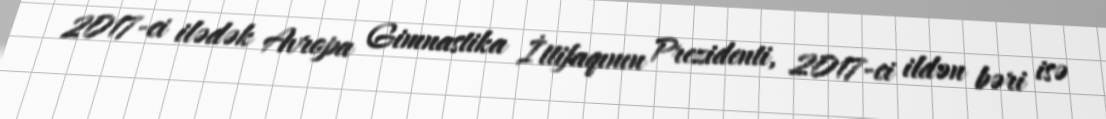
2017-ci ilədək Avropa Gimnastika İttifaqının Prezidenti, 2017-ci ildən bəri isə